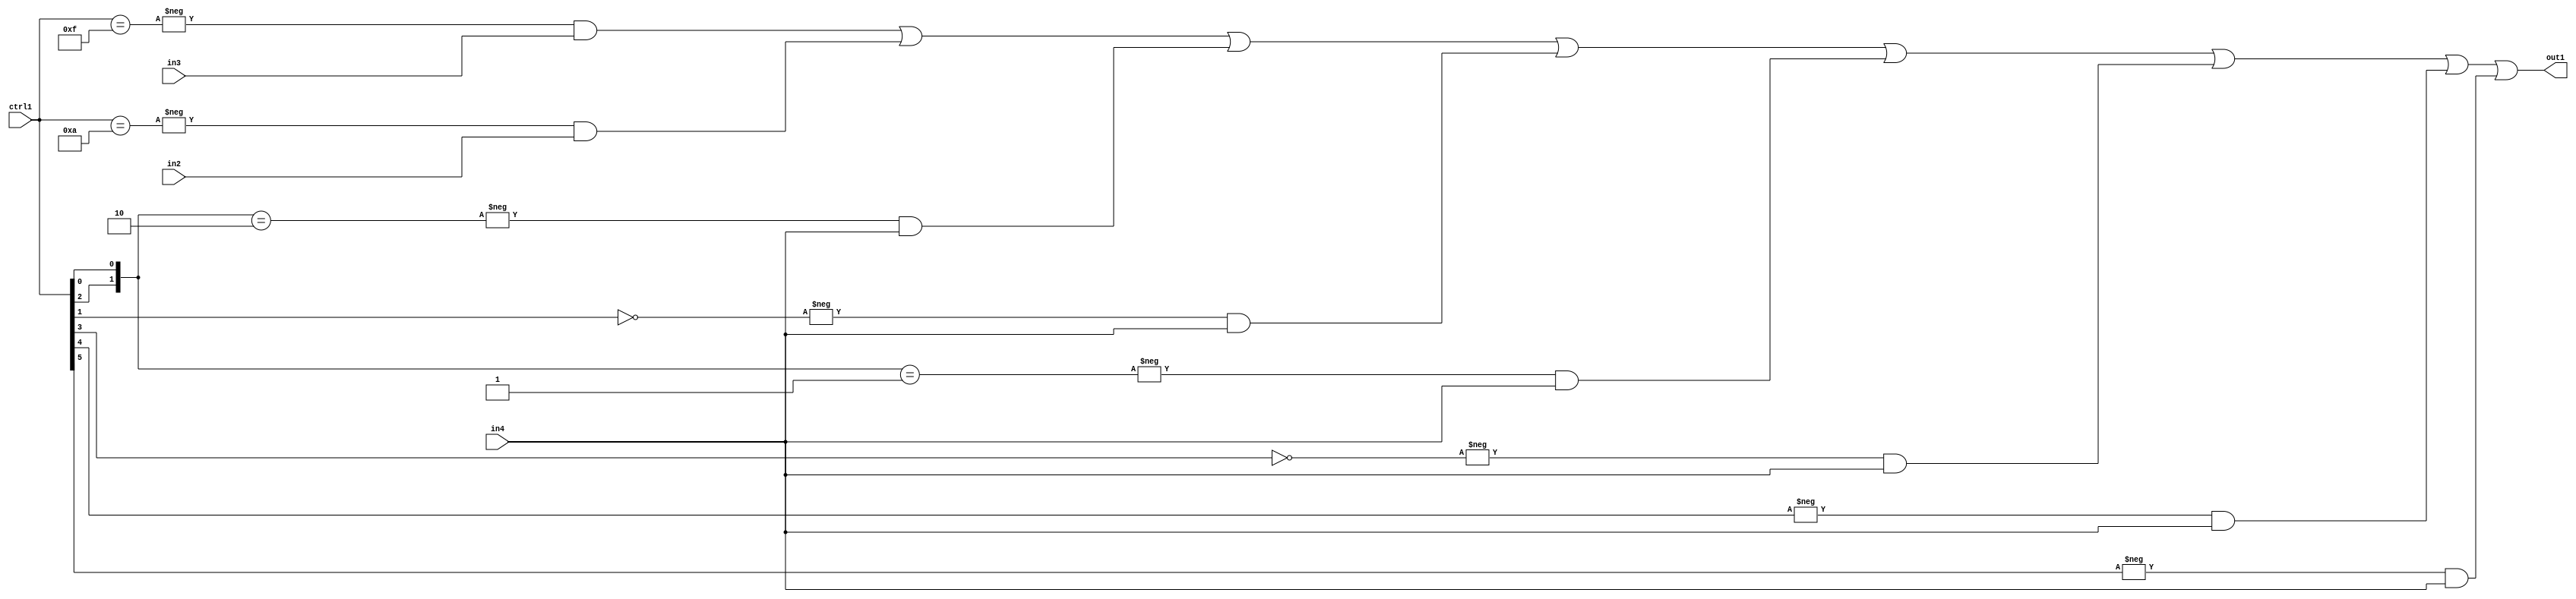
`timescale 1ps / 1ps
/*****************************************************************************
    Verilog RTL Description
    
    
    Created by: Stratus DpOpt 21.05.01 
*******************************************************************************/

module SobelFilter_N_Mux_32_3_66_4 (
	in4,
	in3,
	in2,
	ctrl1,
	out1
	); /* architecture "behavioural" */ 
input [31:0] in4;
input [8:0] in3,
	in2;
input [5:0] ctrl1;
output [31:0] out1;
wire [31:0] asc001;

assign asc001 = 
	-{ctrl1 == 6'B001111} & in3 |
	-{ctrl1 == 6'B001010} & in2 |
	-{{ctrl1[2], ctrl1[0]} == 2'B10} & in4 |
	-{ctrl1[1] == 1'B0} & in4 |
	-{{ctrl1[2], ctrl1[0]} == 2'B01} & in4 |
	-{ctrl1[3] == 1'B0} & in4 |
	-{ctrl1[4] == 1'B1} & in4 |
	-{ctrl1[5] == 1'B1} & in4 ;

assign out1 = asc001;
endmodule

/* CADENCE  vrDwSwo= : u9/ySxbfrwZIxEzHVQQV8Q== ** DO NOT EDIT THIS LINE ******/